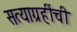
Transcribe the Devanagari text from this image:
सत्याग्रहींची